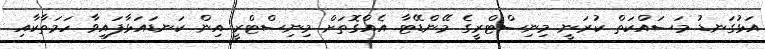
އަޅުގަނޑު މަސައްކަތް ކުރަނީ މިނިސްޓްރީގެ މޭންޑޭޓާ އެއްގޮތަށް މިނިސްޓްރީ އިން ކަނޑައަޅާފައިވާ ހަމަތާކާއި